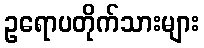
ဥရောပတိုက်သားများ